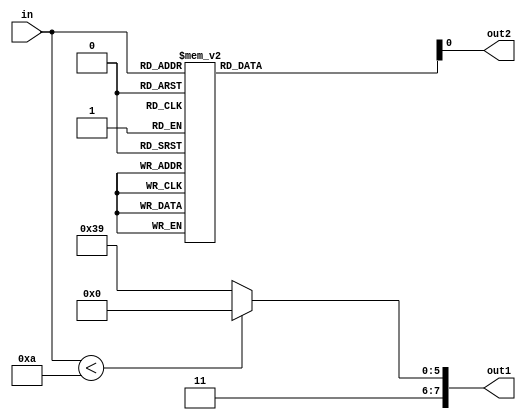
module m_7seg_for_decimal(input [3:0] in, output [7:0] out1, output out2);
	function [7:0] decord;
		input [3:0] num;

		begin
			 case (num)
				4'h0:        decord = 8'b11000000;  // 0
				4'h1:        decord = 8'b11111001;  // 1
				4'h2:        decord = 8'b10100100;  // 2
				4'h3:        decord = 8'b10110000;  // 3
				4'h4:        decord = 8'b10011001;  // 4
				4'h5:        decord = 8'b10010010;  // 5
				4'h6:        decord = 8'b10000010;  // 6
				4'h7:        decord = 8'b11111000;  // 7
				4'h8:        decord = 8'b10000000;  // 8
				4'h9:        decord = 8'b10011000;  // 9
				default:     decord = 8'b11111111;  // LED OFF
			endcase
		end
	endfunction

	assign out1 = (in < 10) ? 8'b11000000 : 8'b11111001;  // 1 or 0
	assign out2 = decord(in);
endmodule